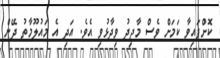
ކޮށްފައިވާ ކަމަށް ވެސް މާޖިދު ވިދާޅުވި އެވެ. އަދި އެ މައުލޫމާތު ދޭން